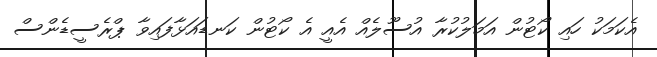
އެކަމަކު ހައި ކޯޓުން އަމަލުކުރާ އުސޫލެއް އެއީ އެ ކޯޓުން ކަނޑައަޅާފައިވާ ޕްރެސީޑެންސް